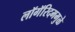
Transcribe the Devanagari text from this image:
लॉगॅरिदममुळे